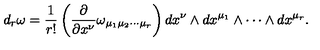
d _ { r } \omega = \frac { 1 } { r ! } \left( \frac { \partial } { \partial x ^ { \nu } } \omega _ { \mu _ { 1 } \mu _ { 2 } \cdots \mu _ { r } } \right) d x ^ { \nu } \wedge d x ^ { \mu _ { 1 } } \wedge \cdots \wedge d x ^ { \mu _ { r } } .